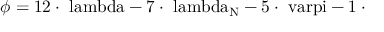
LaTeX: \phi = \mathrm { { 1 2 \cdot \ l a m b d a - \mathrm { { 7 \cdot \ l a m b d a _ { \mathrm { { N } } } - \mathrm { { 5 \cdot \ v a r p i - \mathrm { { 1 \cdot \Omega } } } } } } } }